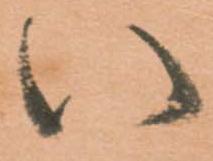
八